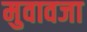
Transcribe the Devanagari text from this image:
मुवावजा